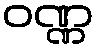
ဝဏ္ဏ